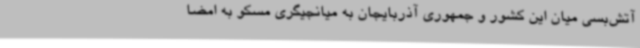
آتش‌بسی میان این کشور و جمهوری آذربایجان به میانجیگری مسکو به امضا